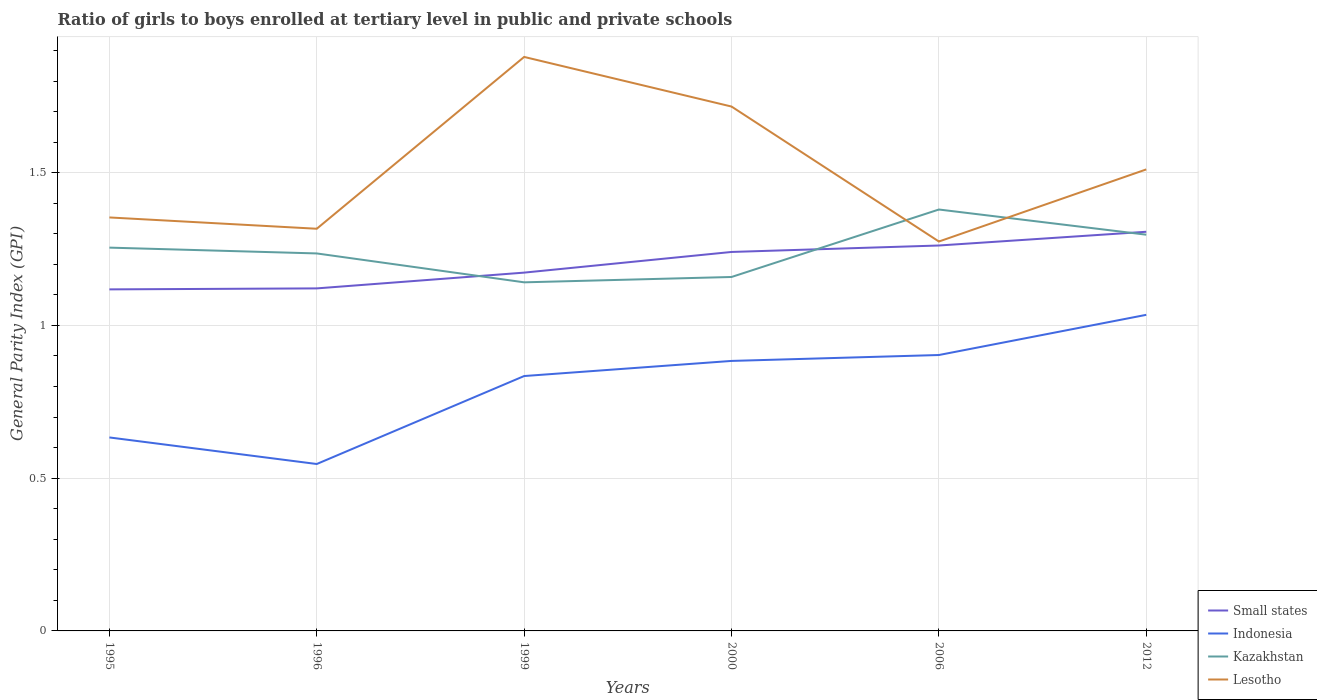
| Years | Small states | Indonesia | Kazakhstan | Lesotho |
 | --- | --- | --- | --- | --- |
 | 1995 | 1.12 | 0.633 | 1.25 | 1.35 |
 | 1996 | 1.12 | 0.546 | 1.24 | 1.32 |
 | 1999 | 1.17 | 0.834 | 1.14 | 1.88 |
 | 2000 | 1.24 | 0.884 | 1.16 | 1.72 |
 | 2006 | 1.26 | 0.903 | 1.38 | 1.27 |
 | 2012 | 1.31 | 1.03 | 1.3 | 1.51 |